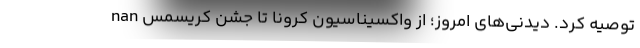
توصیه کرد. دیدنی‌های امروز؛ از واکسیناسیون کرونا تا جشن کریسمس nan